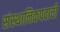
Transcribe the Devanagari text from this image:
संस्थानिकपदाची